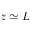
z \simeq L